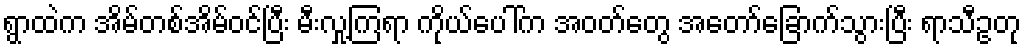
ရွာထဲက အိမ်တစ်အိမ်ဝင်ပြီး မီးလှု့ကြရာ ကိုယ်ပေါ်က အဝတ်တွေ အတော်ခြောက်သွားပြီး ရာသီဥတု